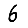
Digit: 6